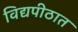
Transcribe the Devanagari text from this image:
विद्यपीठात